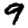
Digit: 9